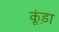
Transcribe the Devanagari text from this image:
कूंड़ा